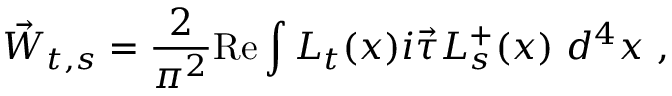
\vec { W } _ { t , s } = \frac { 2 } { \pi ^ { 2 } } \mathrm { R e } \int L _ { t } ( x ) i \vec { \tau } L _ { s } ^ { + } ( x ) ~ d ^ { 4 } x ~ ,